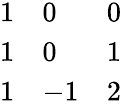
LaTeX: \begin{array}{lll}{{1}}&{{0}}&{{0}}\\ {{1}}&{{0}}&{{1}}\\ {{1}}&{{-1}}&{{2}}\end{array}